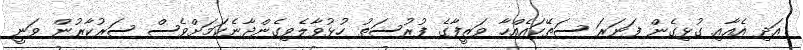
އަދި އެއާއި ގުޅިގެން ފަނަރަ ސަތޭކައެއްހާ ވަޒީފާގެ ފުރުސަތު ހުޅުވާލެވިގެންދާނެކަމަށްވެސް ސަރުކާރުން ވަނީ